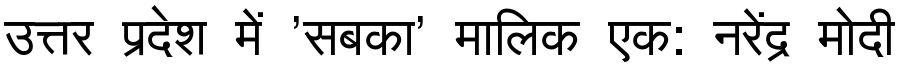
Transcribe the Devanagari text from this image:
उत्तर प्रदेश में 'सबका' मालिक एक: नरेंद्र मोदी